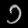
Digit: ၁